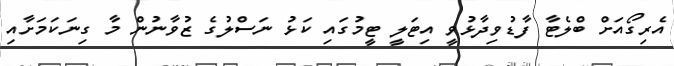
އެރިގޯއަށް ބްލެޓާ ފާޑުވިދާޅުވީ އިޓަލީ ޓީމުގައި ކަޅު ނަސްލުގެ ޒުވާނުން މާ ގިނަކަމަށާއި